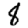
Digit: 8